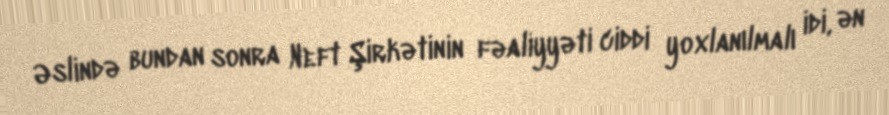
Əslində bundan sonra Neft Şirkətinin fəaliyyəti ciddi yoxlanılmalı idi, ən